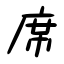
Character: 席